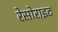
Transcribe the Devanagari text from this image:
रेसोराइट